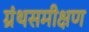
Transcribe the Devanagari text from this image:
ग्रंथसमीक्षण